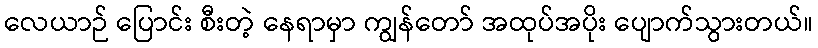
လေယာဉ် ပြောင်း စီးတဲ့ နေရာမှာ ကျွန်တော် အထုပ်အပိုး ပျောက်သွားတယ်။